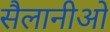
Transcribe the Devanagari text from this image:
सैलानीओं